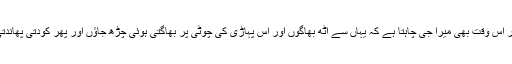
آپ ہنسیں گے مگر اس وقت بھی میرا جی چاہتا ہے کہ یہاں سے اُٹھ بھاگوں اور اس پہاڑی کی چوٹی پر بھاگتی ہوئی چڑھ جاؤں اور پھر کودتی پھاندتی نیچے اُتر جاؤں۔